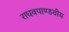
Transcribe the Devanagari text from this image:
राघवपाण्डवीय